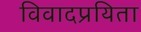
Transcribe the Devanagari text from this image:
विवादप्रयिता